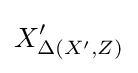
X'_{\Delta (X',Z)}